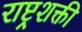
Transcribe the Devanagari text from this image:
राष्ट्रशक्ती